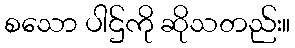
စသော ပါဌ်ကို ဆိုသတည်း။